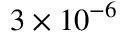
3 \times 1 0 ^ { - 6 }